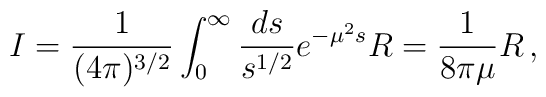
I=\frac{1}{(4\pi)^{3/2}}\int_0^\infty\frac{ds}{s^{1/2}}e^{-\mu^2s}R      =\frac{1}{8\pi\mu}R\,,